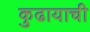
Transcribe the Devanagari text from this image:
कुढायाची